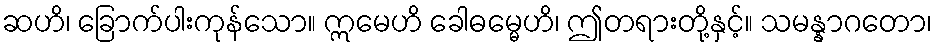
ဆဟိ၊ ခြောက်ပါးကုန်သော။ ဣမေဟိ ခေါဓမ္မေဟိ၊ ဤတရားတို့နှင့်။ သမန္နာဂတော၊